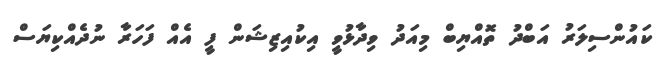
ކައުންސިލަރު އަބްދު ތޮއްޔިބް މިއަދު ވިދާޅުވީ އިކުއިޒިޝަން ފީ އެއް ފަހަރާ ނުދެއްކިޔަސް